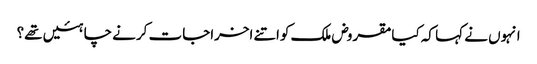
انہوں نے کہا کہ کیامقروض ملک کواتنے اخراجات کرنے چاہئیں تھے؟